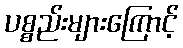
ပစ္စည်းများကြောင့်